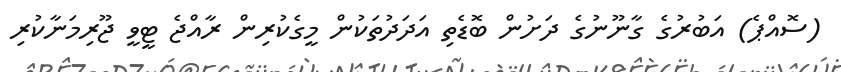
(ސޮއްޕެ) އަބުރުގެ ގާނޫނުގެ ދަށުން ބޮޑެތި އަދަދުތަކުން މީގެކުރިން ރާއްޖެ ޓީވީ ޖޫރިމަނާކުރި